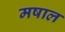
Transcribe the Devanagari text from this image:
मषाल